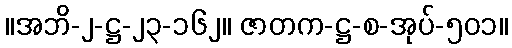
။အဘိ-၂-ဋ္ဌ-၂၃-၁၆၂။ ဇာတက-ဋ္ဌ-စ-အုပ်-၅၀၁။